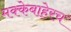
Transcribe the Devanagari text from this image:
मक्केबाहेरच